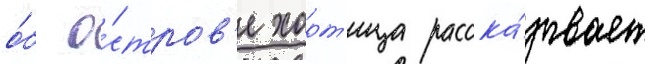
о́б о́стров'е хорт'ица расска́зывает